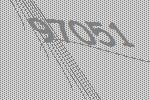
97051